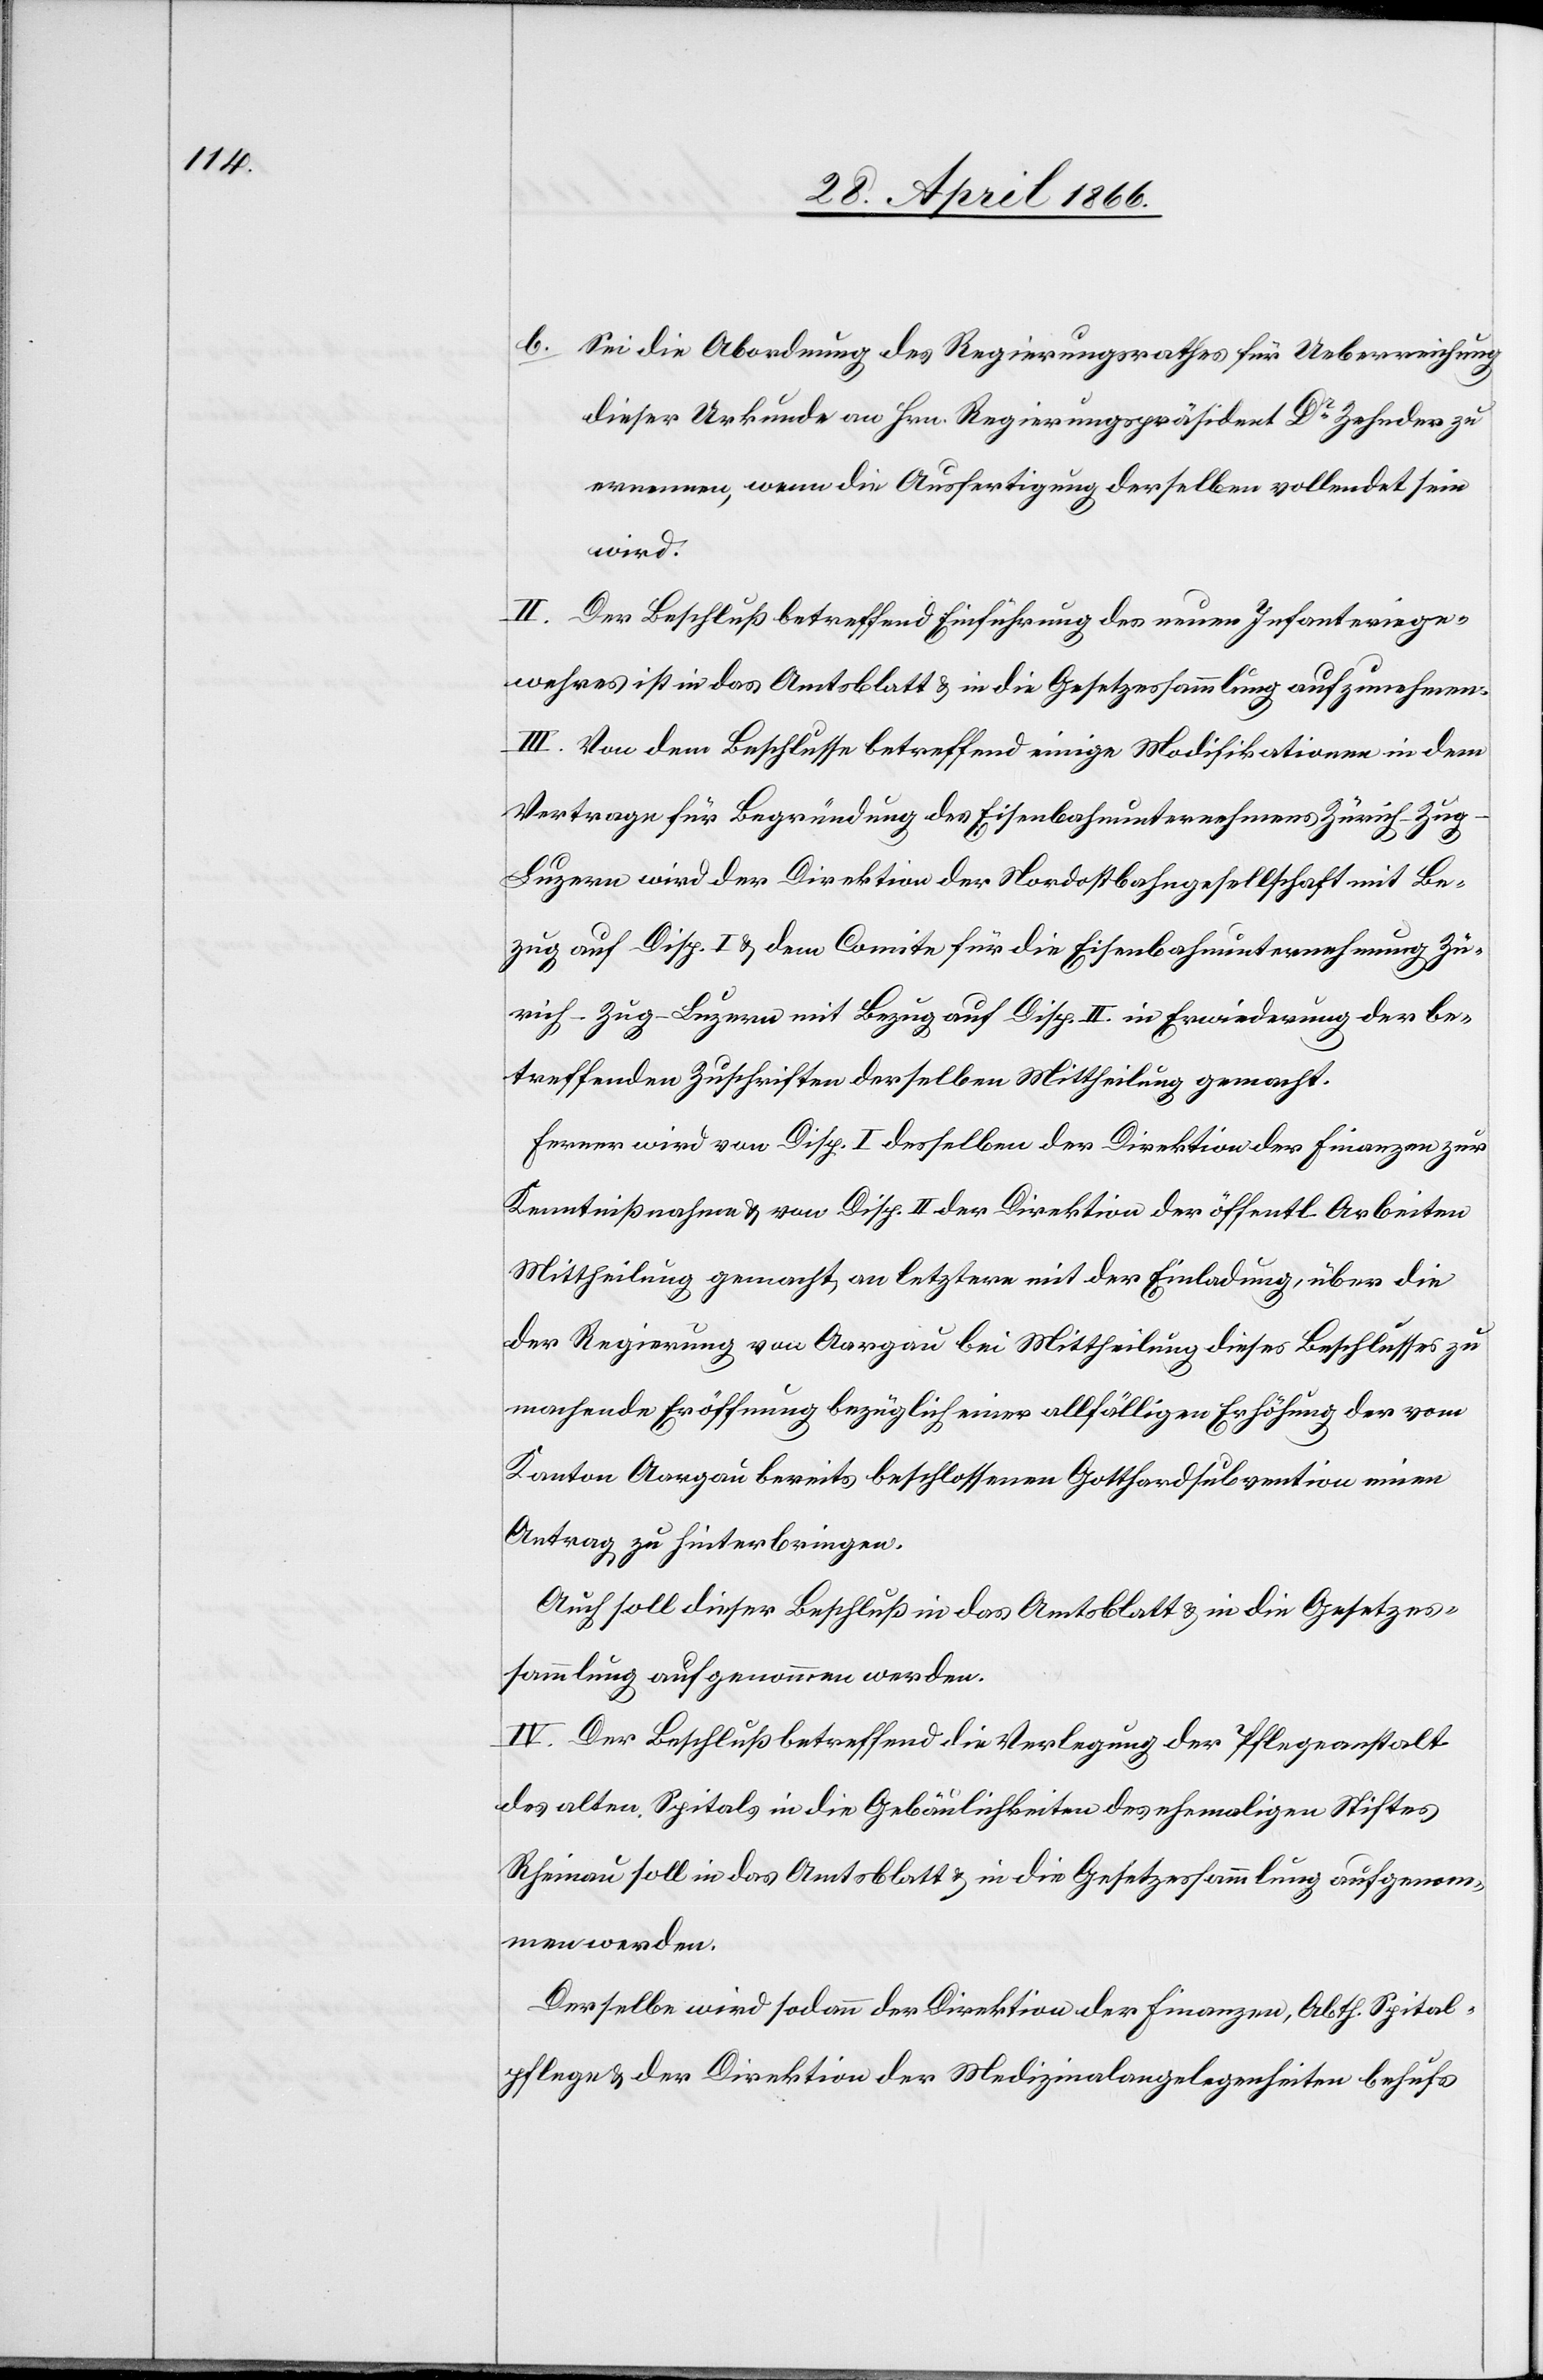
b. Sei die Abordnung des Regierungsrathes für Ueberreichung
dieser Urkunde an Hrn. Regierungspräsident Dr. Zehnder zu
ernennen, wenn die Ausfertigung derselben vollendet sein
wird.
II. Der Beschluß betreffend Einführung des neuen Infanteriege¬
wehres ist in das Amtsblatt u. in die Gesetzessammlung aufzunehmen.
III. Von dem Beschlusse betreffend einige Modifikationen in dem
Vertrage für Begründung des Eisenbahnunternehmens Zürich–Zu¬
g–Luzern wird der Direktion der Nordostbahngesellschaft mit Be¬
zug auf Disp. I u. dem Comite für die Eisenbahnunternehmung Zü¬
rich–Zug–Luzern mit Bezug auf Disp. II. in Erwiederung der be¬
treffenden Zuschriften derselben Mittheilung gemacht.
Ferner wird von Disp. I desselben der Direktion der Finanzen zur
Kenntnißnahme u. von Disp. II der Direktion der öffentl. Arbeiten
Mittheilung gemacht, an letztere mit der Einladung, über die
der Regierung von Aargau bei Mittheilung dieses Beschlusses zu
machende Eröffnung bezüglich einer allfälligen Erhöhung der vom
Kanton Aargau bereits beschlossenen Gotthardsubvention einen
Antrag zu hinterbringen.
Auch soll dieser Beschluß in das Amtsblatt u. in die Gesetzes¬
sammlung aufgenommen werden.
IV. Der Beschluß betreffend die Verlegung der Pflegeanstalt
des alten Spitals in die Gebäulichkeiten des ehemaligen Stiftes
Rheinau soll in das Amtsblatt u. in die Gesetzessammlung aufgenom¬
men werden.
Derselbe wird sodann der Direktion der Finanzen, Abth. Spital¬
pflege u. der Direktion der Medizinalangelegenheiten behufs